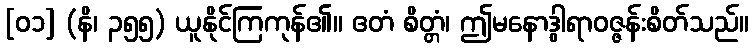
[၀၁] (နိ၊ ၃၅၅) ယူနိုင်ကြကုန်၏။ ဧတံ စိတ္တံ၊ ဤမနောဒွါရာဝဇ္ဇန်းစိတ်သည်။